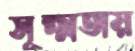
সূক্ষ্মতায়